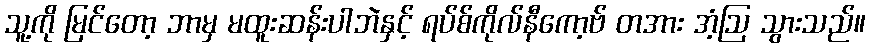
သူ့ကို မြင်တော့ ဘာမှ မထူးဆန်းပါဘဲနှင့် ရပ်စ်ကိုလ်နီကော့ဗ် တအား အံ့ဩ သွားသည်။